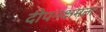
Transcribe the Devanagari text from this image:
दीपनक्षमता